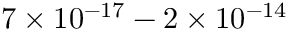
7 \times 1 0 ^ { - 1 7 } - 2 \times 1 0 ^ { - 1 4 }